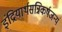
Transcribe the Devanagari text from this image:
इंद्रियार्थसन्निकर्षजन्यं